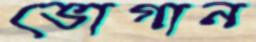
ভোগান